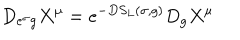
D _ { e ^ { \sigma } g } X ^ { \mu } = e ^ { - D S _ { L } ( \sigma , g ) } D _ { g } X ^ { \mu }